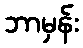
ဘာမှန်း